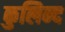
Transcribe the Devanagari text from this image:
कुलिन्द